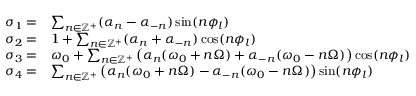
\begin{array} { r l } { \sigma _ { 1 } = } & { \sum _ { n \in \mathbb { Z } ^ { + } } ( \alpha _ { n } - \alpha _ { - n } ) \sin ( n \phi _ { l } ) } \\ { \sigma _ { 2 } = } & { 1 + \sum _ { n \in \mathbb { Z } ^ { + } } ( \alpha _ { n } + \alpha _ { - n } ) \cos ( n \phi _ { l } ) } \\ { \sigma _ { 3 } = } & { \omega _ { 0 } + \sum _ { n \in \mathbb { Z } ^ { + } } \big ( \alpha _ { n } ( \omega _ { 0 } + n \Omega ) + \alpha _ { - n } ( \omega _ { 0 } - n \Omega ) \big ) \cos ( n \phi _ { l } ) } \\ { \sigma _ { 4 } = } & { \sum _ { n \in \mathbb { Z } ^ { + } } \big ( \alpha _ { n } ( \omega _ { 0 } + n \Omega ) - \alpha _ { - n } ( \omega _ { 0 } - n \Omega ) \big ) \sin ( n \phi _ { l } ) } \end{array}